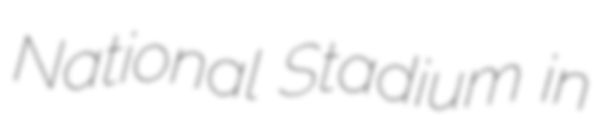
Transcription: National Stadium in